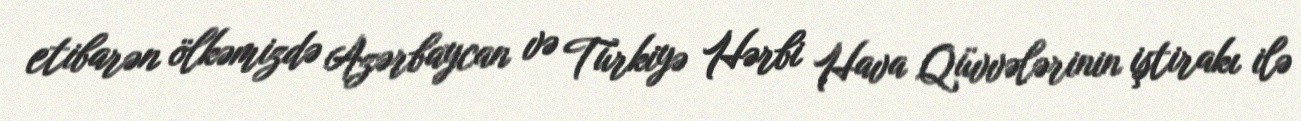
etibarən ölkəmizdə Azərbaycan və Türkiyə Hərbi Hava Qüvvələrinin iştirakı ilə